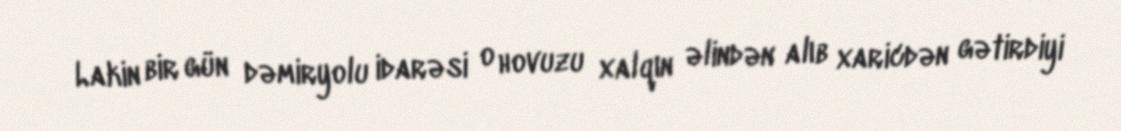
Lakin bir gün dəmiryolu idarəsi o hovuzu xalqın əlindən alıb xaricdən gətirdiyi